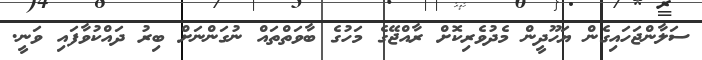
ސަލާންޖަހައިގެން ޔަހޫދީން މެދުވެރިކޮށް ރާއްޖޭގެ މަހުގެ ބާވަތްތައް ނުގަންނަށް ބިރު ދައްކުވާފައި ވަނީ.